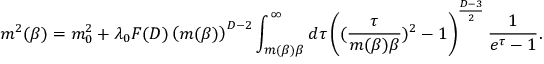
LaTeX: \ m ^ { 2 } ( \beta ) = m _ { 0 } ^ { 2 } + \lambda _ { 0 } F ( D ) \left( m ( \beta ) \right) ^ { D - 2 } \int _ { m ( \beta ) \beta } ^ { \infty } d \tau \left( ( \frac { \tau } { m ( \beta ) \beta } ) ^ { 2 } - 1 \right) ^ { \frac { D - 3 } { 2 } } \frac { 1 } { e ^ { \tau } - 1 } .